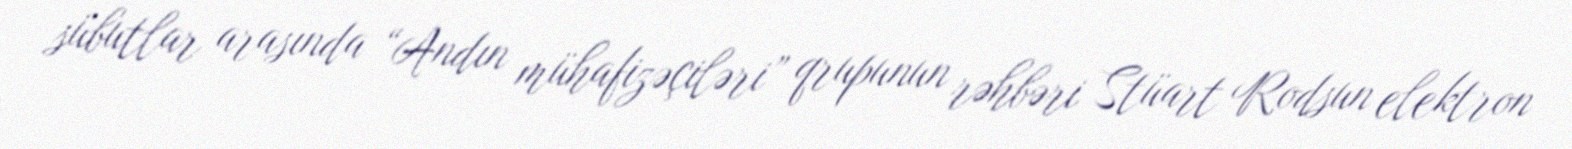
sübutlar arasında “Andın mühafizəçiləri” qrupunun rəhbəri Stüart Rodsun elektron